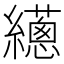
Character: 𦇎